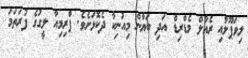
ލިވަޕޫލާއި ރެއާލް މެޑްރިޑް އަދި ބަޔާން މިއުނިކާ ދެކޮޅަށެވެ. ޕްރިމިއާ ލީގުގެ ފުރަތަމަ